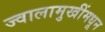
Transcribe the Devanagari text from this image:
ज्वालामुखींमधून